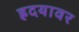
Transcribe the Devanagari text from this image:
ह्रदयावर